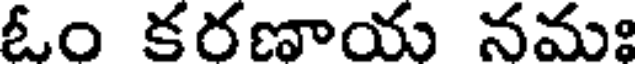
ఓం కరణాయ నమః